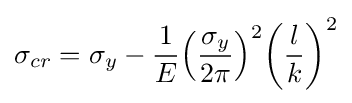
\sigma _{cr}=\sigma _{y}-{1 \over E}{\left({\frac {\sigma _{y}}{2\pi }}\right)}^{2}{\left({\frac {l}{k}}\right)}^{2}